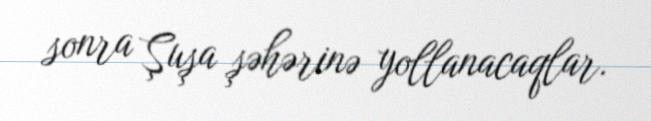
sonra Şuşa şəhərinə yollanacaqlar.